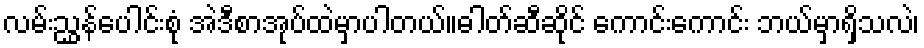
လမ်းညွှန်ပေါင်းစုံ အဲဒီစာအုပ်ထဲမှာပါတယ်။ဓါတ်ဆီဆိုင် ကောင်းကောင်း ဘယ်မှာရှိသလဲ၊